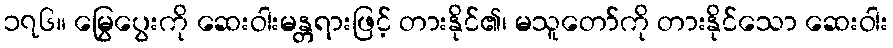
၁၇၆။ မြွေပွေးကို ဆေးဝါးမန္တရားဖြင့် တားနိုင်၏၊ မသူတော်ကို တားနိုင်သော ဆေးဝါး